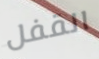
القفل